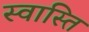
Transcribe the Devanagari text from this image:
स्‍वास्‍ति